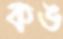
কঙ